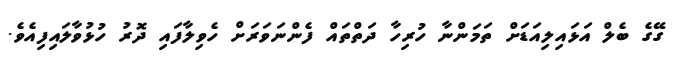
ގޭގެ ބެލް އަޅައިލިއަޑަށް ތަމަންނާ ހުރިހާ ދަތްތައް ފެންނަވަރަށް ހެވިލާފައި ދޮރު ހުޅުވާލައިފިއެވެ.